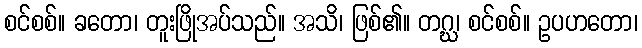
စင်စစ်။ ခတော၊ တူးဖြိုအပ်သည်။ အသိ၊ ဖြစ်၏။ တဂ္ဃ၊ စင်စစ်။ ဥပဟတော၊